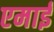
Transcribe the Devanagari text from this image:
एमाई